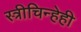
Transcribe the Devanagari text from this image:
स्त्रीचिन्हेही